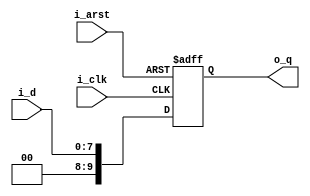
// This program was cloned from: https://github.com/Efinix-Inc/xyloni
// License: MIT License

module multi_p1_ext2
#(
	parameter	D_WIDTH	= 8
)
(
	input	i_arst,
	input	i_clk,
	
	input	[D_WIDTH-1:0]i_d,
	output	[D_WIDTH+2-1:0]o_q
);

reg		[D_WIDTH+2-1:0]r_q_1P;

wire	[D_WIDTH+2-1:0]w_d_0P;

assign	w_d_0P	= {2'b00, i_d};

always@(posedge i_arst or posedge i_clk)
begin
	if (i_arst)
		r_q_1P	<= {D_WIDTH+2{1'b0}};
	else
		r_q_1P	<= w_d_0P;
end

assign	o_q	= r_q_1P;

endmodule